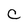
Character: c